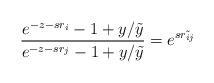
LaTeX: \begin{align*}\frac{e^{-z-sr_i}-1+y/\tilde{y}}{e^{-z-sr_j}-1+y/\tilde{y}}=e^{s\tilde{r_{ij}}}\end{align*}